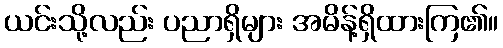
ယင်းသို့လည်း ပညာရှိများ အမိန့်ရှိထားကြ၏။